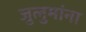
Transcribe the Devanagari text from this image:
जुलुमांना